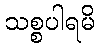
သစ္စပါရမိ